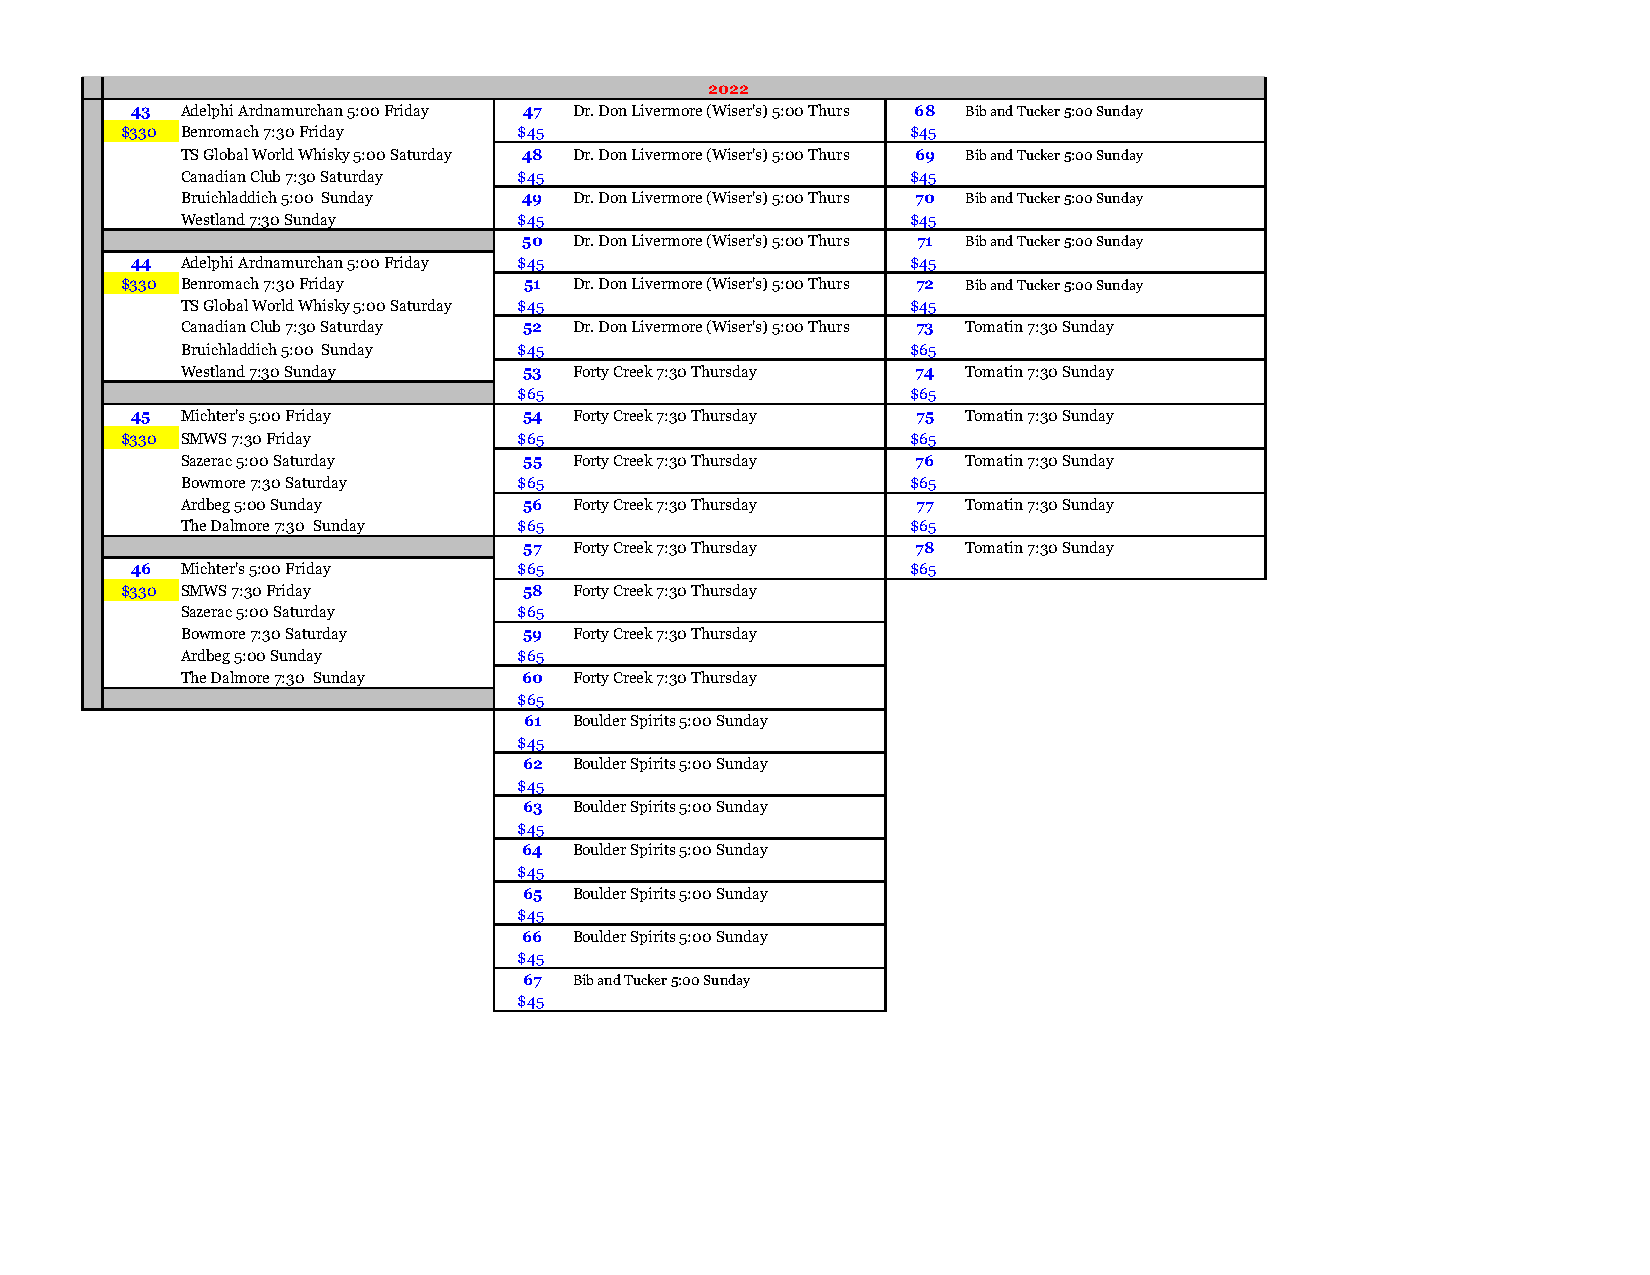
2022
 43 Adelphi Ardnamurchan 5:00 Friday 47 Dr. Don Livermore (Wiser's) 5:00 Thurs 68 Bib and Tucker 5:00 Sunday
 $330 Benromach 7:30 Friday $45                      $45
 TS Global World Whisky 5:00 Saturday 48 Dr. Don Livermore (Wiser's) 5:00 Thurs 69 Bib and Tucker 5:00 Sunday
 Canadian Club 7:30 Saturday $45                 $45
 Bruichladdich 5:00 Sunday 49 Dr. Don Livermore (Wiser's) 5:00 Thurs 70 Bib and Tucker 5:00 Sunday
 Westland 7:30 Sunday  $45                       $45
 50 Dr. Don Livermore (Wiser's) 5:00 Thurs 71 Bib and Tucker 5:00 Sunday
 44 Adelphi Ardnamurchan 5:00 Friday $45            $45
 $330 Benromach 7:30 Friday 51 Dr. Don Livermore (Wiser's) 5:00 Thurs 72 Bib and Tucker 5:00 Sunday
 TS Global World Whisky 5:00 Saturday $45        $45
 Canadian Club 7:30 Saturday 52 Dr. Don Livermore (Wiser's) 5:00 Thurs 73 Tomatin 7:30 Sunday
 Bruichladdich 5:00 Sunday $45                   $65
 Westland 7:30 Sunday   53 Forty Creek 7:30 Thursday 74 Tomatin 7:30 Sunday
 $65                       $65
 45 Michter's 5:00 Friday  54 Forty Creek 7:30 Thursday 75 Tomatin 7:30 Sunday
 $330 SMWS 7:30 Friday     $65                       $65
 Sazerac 5:00 Saturday  55 Forty Creek 7:30 Thursday 76 Tomatin 7:30 Sunday
 Bowmore 7:30 Saturday $65                       $65
 Ardbeg 5:00 Sunday     56 Forty Creek 7:30 Thursday 77 Tomatin 7:30 Sunday
 The Dalmore 7:30 Sunday $65                     $65
 57 Forty Creek 7:30 Thursday 78 Tomatin 7:30 Sunday
 46 Michter's 5:00 Friday $65                       $65
 $330 SMWS 7:30 Friday      58 Forty Creek 7:30 Thursday
 Sazerac 5:00 Saturday $65
 Bowmore 7:30 Saturday  59 Forty Creek 7:30 Thursday
 Ardbeg 5:00 Sunday    $65
 The Dalmore 7:30 Sunday 60 Forty Creek 7:30 Thursday
 $65
 61 Boulder Spirits 5:00 Sunday
 $45
 62 Boulder Spirits 5:00 Sunday
 $45
 63 Boulder Spirits 5:00 Sunday
 $45
 64 Boulder Spirits 5:00 Sunday
 $45
 65 Boulder Spirits 5:00 Sunday
 $45
 66 Boulder Spirits 5:00 Sunday
 $45
 67 Bib and Tucker 5:00 Sunday
 $45